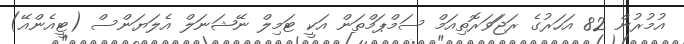
އުމުރުން 82 އަހަރުގެ ރަޖަަވަރޮތިއަމް ސަމްޕަމްތަން އަކީ ޓަމިލް ނޭޝަނަލް އެލަޔަންސް (ޓީއެންއޭ)